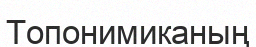
Топонимиканың